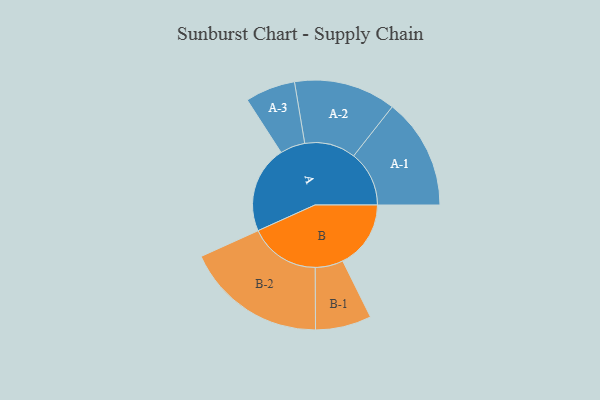
{"axis": {"x": "Segment", "y": "Value"}, "legend": ["", "A", "B"], "data": [{"x": "A", "y": 352, "type": ""}, {"x": "B", "y": 275, "type": ""}, {"x": "A-1", "y": 224, "type": "A"}, {"x": "A-2", "y": 206, "type": "A"}, {"x": "A-3", "y": 101, "type": "A"}, {"x": "B-1", "y": 113, "type": "B"}, {"x": "B-2", "y": 285, "type": "B"}]}